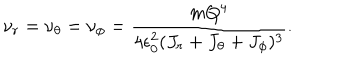
\nu _ { r } = \nu _ { \theta } = \nu _ { \phi } = { \frac { m Q ^ { 4 } } { 4 \epsilon _ { 0 } ^ { 2 } ( J _ { r } + J _ { \theta } + J _ { \phi } ) ^ { 3 } } } .